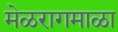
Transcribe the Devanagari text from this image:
मेळरागमाळा